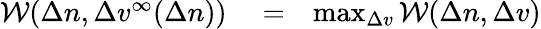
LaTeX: \begin{array}{rlr}{\mathcal{W}(\Delta n,\Delta v^{\infty}(\Delta n))}&{{}=}&{\operatorname*{max}_{\Delta v}\mathcal{W}(\Delta n,\Delta v)}\end{array}